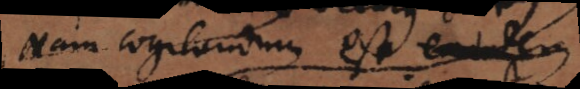
Nam cogitandum est determinationem